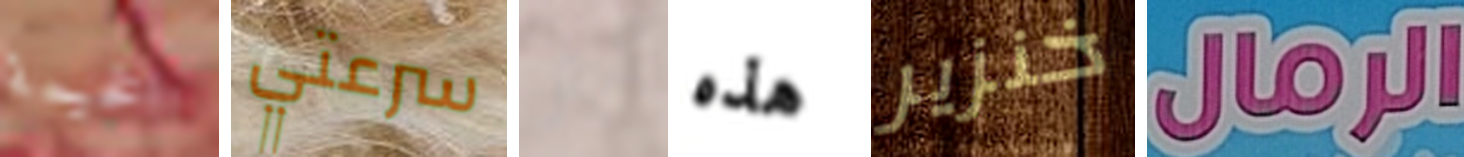
الخيمة سرعتي بتر هذه خنزير الرمال